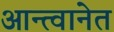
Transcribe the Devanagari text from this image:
आन्त्वानेत